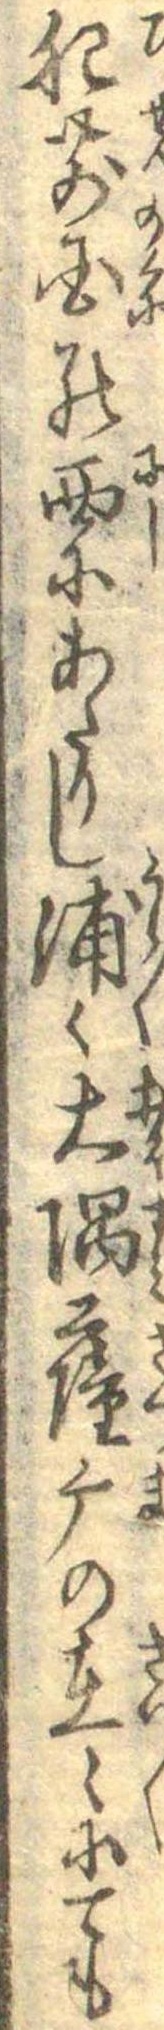
肥前国の西にあたりし浦々大隅薩摩の在々にても